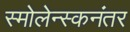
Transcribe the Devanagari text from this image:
स्मोलेन्स्कनंतर